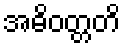
အဓိဝတ္တတိ